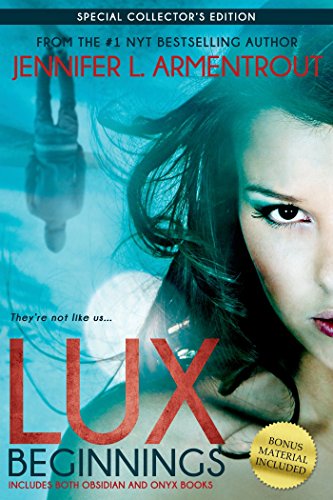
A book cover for Lux: Beginnings (Obsidian & Onyx) (A Lux Novel); Jennifer L. Armentrout; Teen & Young Adult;